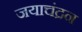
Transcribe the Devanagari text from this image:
जयाचंद्रन